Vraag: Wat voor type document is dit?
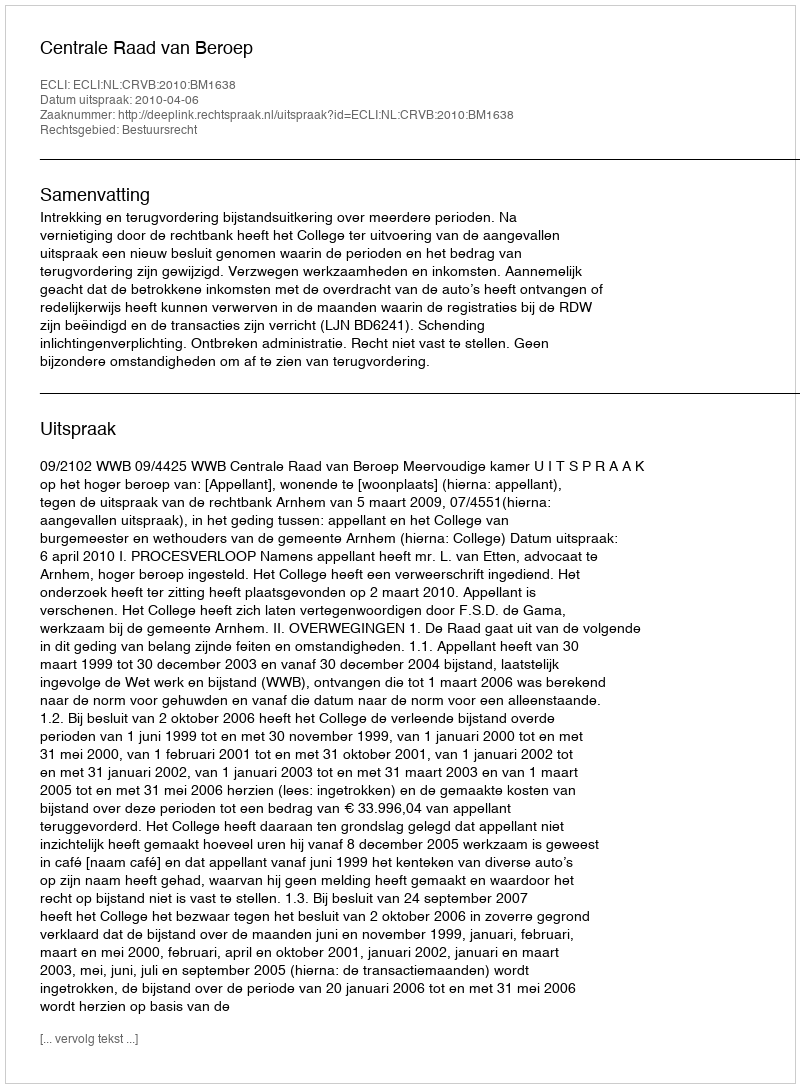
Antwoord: Uitspraak